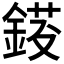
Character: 𨨈